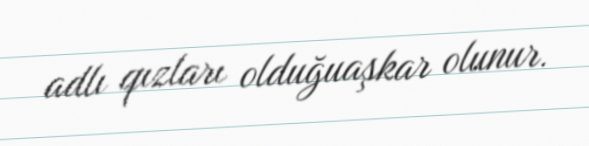
adlı qızları olduğuaşkar olunur.